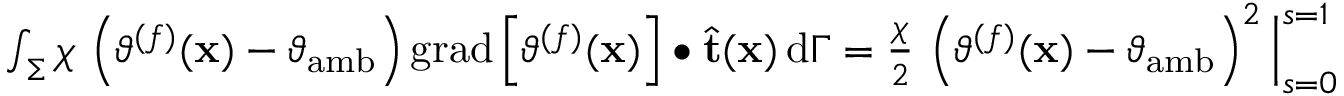
\begin{array} { r } { \int _ { \Sigma } \chi \, \left( \vartheta ^ { ( f ) } ( \mathbf { x } ) - \vartheta _ { \mathrm { a m b } } \right) \mathrm { g r a d } \left[ \vartheta ^ { ( f ) } ( \mathbf { x } ) \right] \bullet \widehat { \mathbf { t } } ( \mathbf { x } ) \, \mathrm { d } \Gamma = \frac { \chi } { 2 } \, \left( \vartheta ^ { ( f ) } ( \mathbf { x } ) - \vartheta _ { \mathrm { a m b } } \right) ^ { 2 } \Big | _ { s = 0 } ^ { s = 1 } } \end{array}